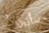
سأنظف